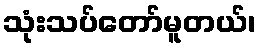
သုံးသပ်တော်မူတယ်၊